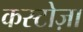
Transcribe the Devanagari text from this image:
कस्टोज़ा